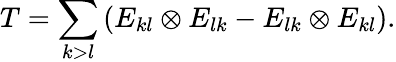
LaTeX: T=\sum_{k>l}\left(E_{kl}\otimes E_{lk}-E_{lk}\otimes E_{kl}\right).